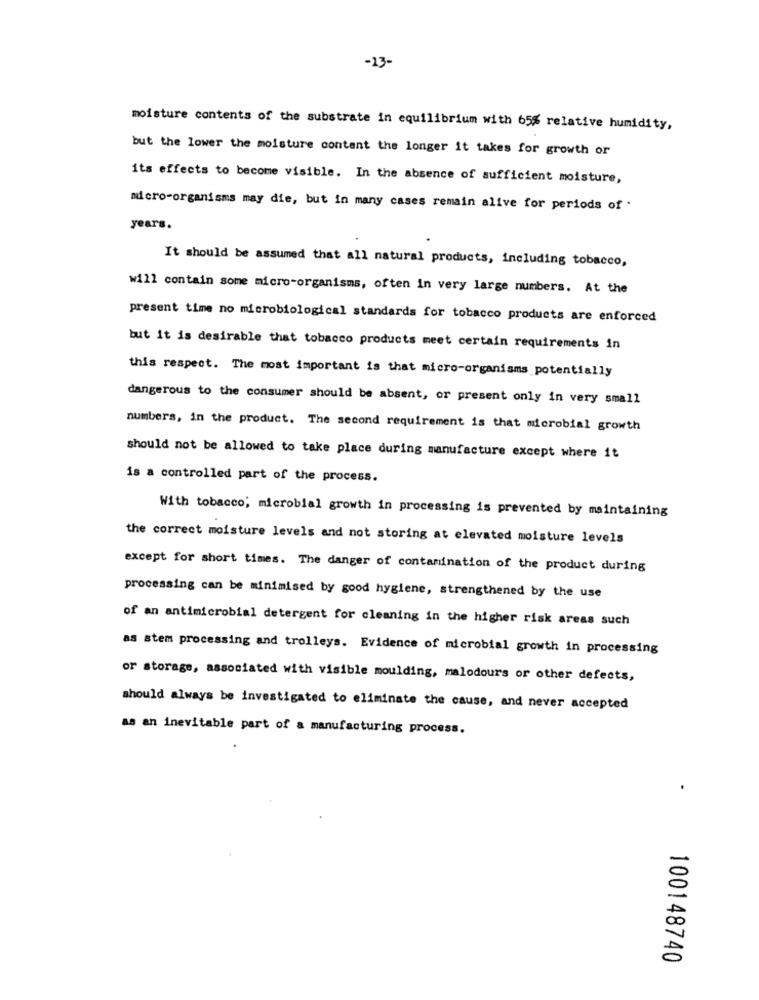
-13-
moisture contents of the substrate in equilibrium with 65% relative humidity,
but the lower the moisture content the longer it takes for growth or
its effects to become visible. In the absence of sufficient moisture,
micro-organisms may die, but in many cases remain alive for periods of
years.
It should be assumed that all natural products, including tobacco,
will contain some micro-organisms, often in very large numbers. At the
present time no microbiological standards for tobacco products are enforced
but it is desirable that tobacco products meet certain requirements in
this respect. The most important is that micro-organisms potentially
dangerous to the consumer should be absent, or present only in very small
numbers, in the product. The second requirement is that microbial growth
should not be allowed to take place during manufacture except where it
is a controlled part of the process.
With tobacco; microbial growth in processing is prevented by maintaining
the correct moisture levels and not storing at elevated moisture levels
except for short times. The danger of contamination of the product during
processing can be minimised by good hygiene, strengthened by the use
of an antimicrobial detergent for cleaning in the higher risk areas such
as stem processing and trolleys. Evidence of microbial growth in processing
or storage, associated with visible moulding, malodours or other defects,
should always be investigated to eliminate the cause, and never accepted
as an inevitable part of a manufacturing process.
.
100148740